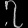
Digit: ၇